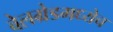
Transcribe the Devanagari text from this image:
बेलग्रेडमध्येच